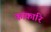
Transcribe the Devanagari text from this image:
काकारि